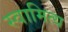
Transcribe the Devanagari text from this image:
स्वामित्य